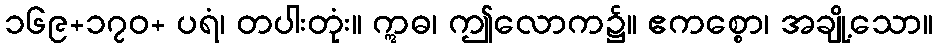
၁၆၉+၁၇၀+ ပရံ၊ တပါးတုံး။ ဣဓ၊ ဤလောက၌။ ဧကစ္စော၊ အချို့သော။